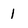
Character: 1